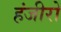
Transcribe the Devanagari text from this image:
हंजीरो